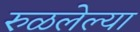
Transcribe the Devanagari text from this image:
रुळलेल्या